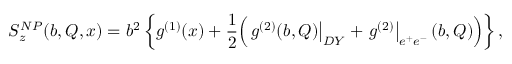
S _ { z } ^ { N P } ( b , Q , x ) = b ^ { 2 } \left\{ g ^ { ( 1 ) } ( x ) + \frac { 1 } { 2 } \Bigl ( \left. g ^ { ( 2 ) } ( b , Q ) \right| _ { D Y } + \left. g ^ { ( 2 ) } \right| _ { e ^ { + } e ^ { - } } ( b , Q ) \Bigr ) \right\} ,